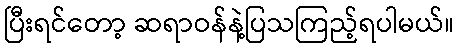
ပြီးရင်တော့ ဆရာဝန်နဲ့ပြသကြည့်ရပါမယ်။